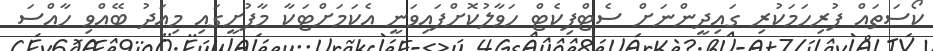
ކޯސަތައް ފުރިހަމަކުރި ގައިދީންނަށް ސެޓްފިކެޓް ހަވާލުކޮށްފައިވަނީ އެކަމަށްޓަކާ މާފުށީގައި މިއަދު ބޭއްވި ހާއްސަ